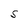
Character: S